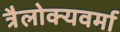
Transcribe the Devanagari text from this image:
त्रैलोक्यवर्मा